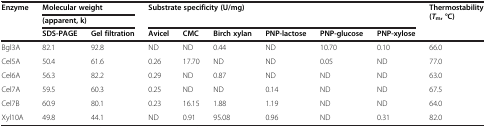
| <ROWSPAN=3> Enzyme | <COLSPAN=2> Molecular weight | <ROWSPAN=2-COLSPAN=6> Substrate specificity (U/mg) | <ROWSPAN=3> Thermostability (Tm, °C) |
 | <COLSPAN=2> (apparent, k) |
 | SDS-PAGE | Gel filtration | Avicel | CMC | Birch xylan | PNP-lactose | PNP-glucose | PNP-xylose |
 | --- | --- | --- | --- | --- | --- | --- | --- | --- | --- |
 | Bgl3A | 82.1 | 92.8 | ND | ND | 0.44 | ND | 10.70 | 0.10 | 66.0 |
 | Cel5A | 50.4 | 61.6 | 0.26 | 17.70 | ND | ND | 0.05 | ND | 77.0 |
 | Cel6A | 56.3 | 82.2 | 0.29 | ND | 0.87 | ND | ND | ND | 63.0 |
 | Cel7A | 59.5 | 60.3 | 0.25 | ND | ND | 0.14 | ND | ND | 67.5 |
 | Cel7B | 60.9 | 80.1 | 0.23 | 16.15 | 1.88 | 1.19 | ND | ND | 64.0 |
 | Xyl10A | 49.8 | 44.1 | ND | 0.91 | 95.08 | 0.96 | ND | 0.31 | 82.0 |